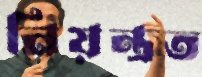
নিয়ন্ত্রত